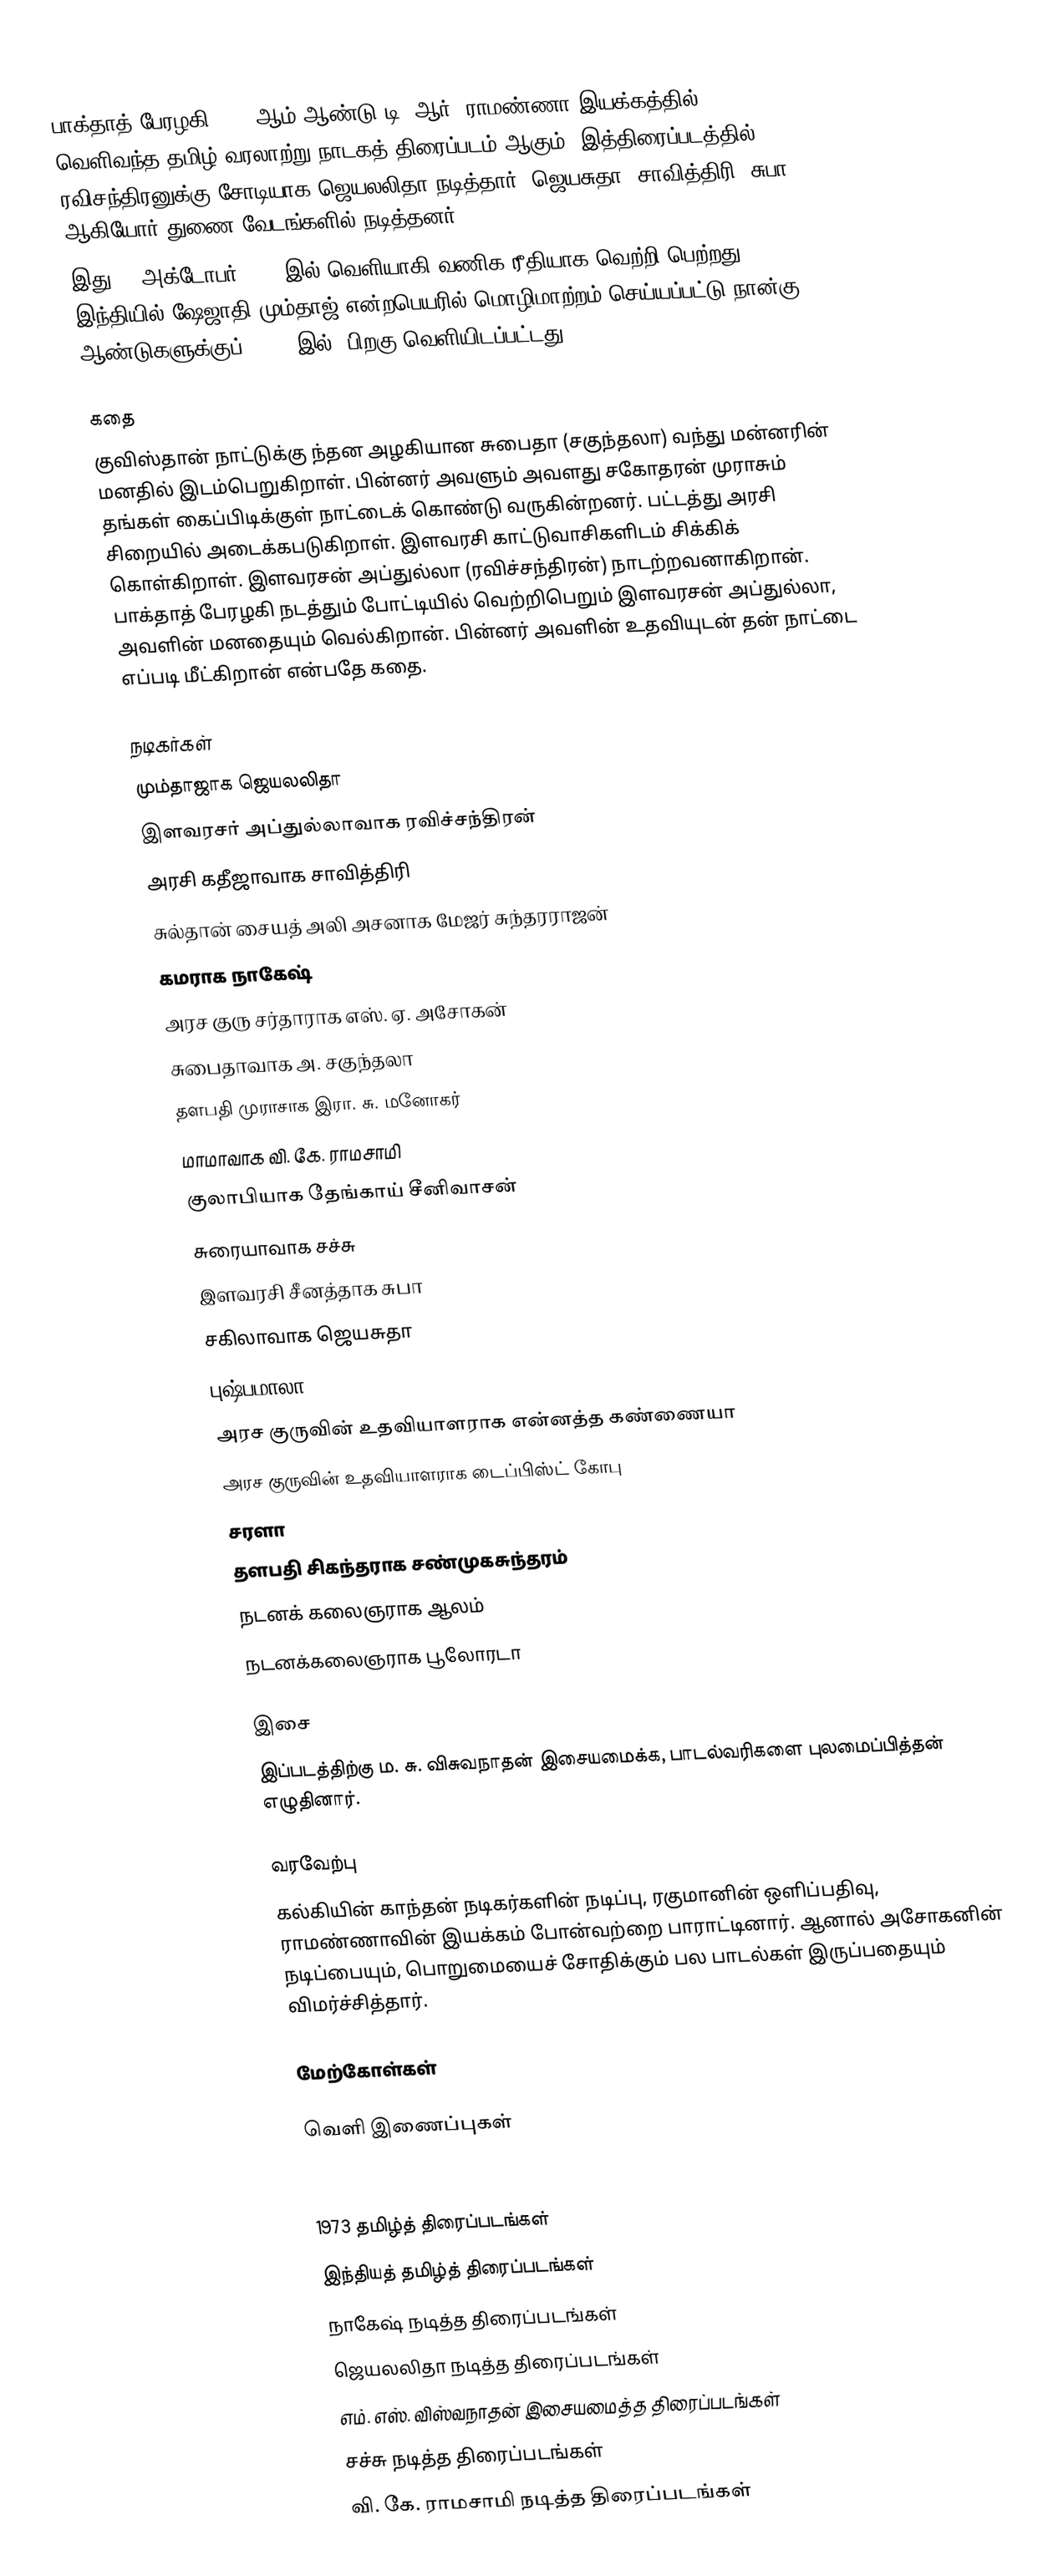
பாக்தாத் பேரழகி 1973 ஆம் ஆண்டு  டி. ஆர். ராமண்ணா இயக்கத்தில் வெளிவந்த தமிழ் வரலாற்று நாடகத் திரைப்படம் ஆகும். இத்திரைப்படத்தில் ரவிசந்திரனுக்கு சோடியாக ஜெயலலிதா நடித்தார். ஜெயசுதா, சாவித்திரி, சுபா ஆகியோர் துணை வேடங்களில் நடித்தனர்.
இது 25 அக்டோபர் 1973 இல் வெளியாகி வணிக ரீதியாக வெற்றி பெற்றது. இந்தியில்  ஷேஜாதி மும்தாஜ் என்றபெயரில் மொழிமாற்றம் செய்யப்பட்டு நான்கு ஆண்டுகளுக்குப் (1977 இல்) பிறகு வெளியிடப்பட்டது.

கதை
குவிஸ்தான் நாட்டுக்கு ந்தன அழகியான சுபைதா (சகுந்தலா) வந்து மன்னரின் மனதில் இடம்பெறுகிறாள். பின்னர் அவளும் அவளது சகோதரன் முராசும் தங்கள் கைப்பிடிக்குள் நாட்டைக் கொண்டு வருகின்றனர். பட்டத்து அரசி சிறையில் அடைக்கபடுகிறாள். இளவரசி காட்டுவாசிகளிடம் சிக்கிக் கொள்கிறாள். இளவரசன் அப்துல்லா (ரவிச்சந்திரன்) நாடற்றவனாகிறான். பாக்தாத் பேரழகி நடத்தும் போட்டியில் வெற்றிபெறும் இளவரசன் அப்துல்லா, அவளின் மனதையும் வெல்கிறான். பின்னர் அவளின் உதவியுடன் தன் நாட்டை எப்படி மீட்கிறான் என்பதே கதை.

நடிகர்கள்
மும்தாஜாக ஜெயலலிதா
இளவரசர் அப்துல்லாவாக ரவிச்சந்திரன்
அரசி கதீஜாவாக சாவித்திரி
சுல்தான் சையத் அலி அசனாக மேஜர் சுந்தரராஜன்
கமராக நாகேஷ்
அரச குரு சர்தாராக எஸ். ஏ. அசோகன்
சுபைதாவாக அ. சகுந்தலா
தளபதி முராசாக இரா. சு. மனோகர்
மாமாவாக வி. கே. ராமசாமி
குலாபியாக தேங்காய் சீனிவாசன்
சுரையாவாக சச்சு
இளவரசி சீனத்தாக சுபா
சகிலாவாக ஜெயசுதா
புஷ்பமாலா
அரச குருவின் உதவியாளராக என்னத்த கண்ணையா
அரச குருவின் உதவியாளராக டைப்பிஸ்ட் கோபு
சரளா
தளபதி சிகந்தராக சண்முகசுந்தரம்
நடனக் கலைஞராக ஆலம்
நடனக்கலைஞராக பூலோரடா

இசை
இப்படத்திற்கு ம. சு. விசுவநாதன் இசையமைக்க, பாடல்வரிகளை புலமைப்பித்தன் எழுதினார்.

வரவேற்பு
கல்கியின் காந்தன் நடிகர்களின் நடிப்பு, ரகுமானின் ஒளிப்பதிவு, ராமண்ணாவின் இயக்கம் போன்வற்றை பாராட்டினார். ஆனால் அசோகனின் நடிப்பையும், பொறுமையைச் சோதிக்கும் பல பாடல்கள் இருப்பதையும் விமர்ச்சித்தார்.

மேற்கோள்கள்

வெளி இணைப்புகள்

1973 தமிழ்த் திரைப்படங்கள்
இந்தியத் தமிழ்த் திரைப்படங்கள்
நாகேஷ் நடித்த திரைப்படங்கள்
ஜெயலலிதா நடித்த திரைப்படங்கள்
எம். எஸ். விஸ்வநாதன் இசையமைத்த திரைப்படங்கள்
சச்சு நடித்த திரைப்படங்கள்
வி. கே. ராமசாமி நடித்த திரைப்படங்கள்